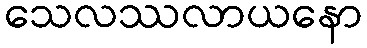
သေလဿလာယနော